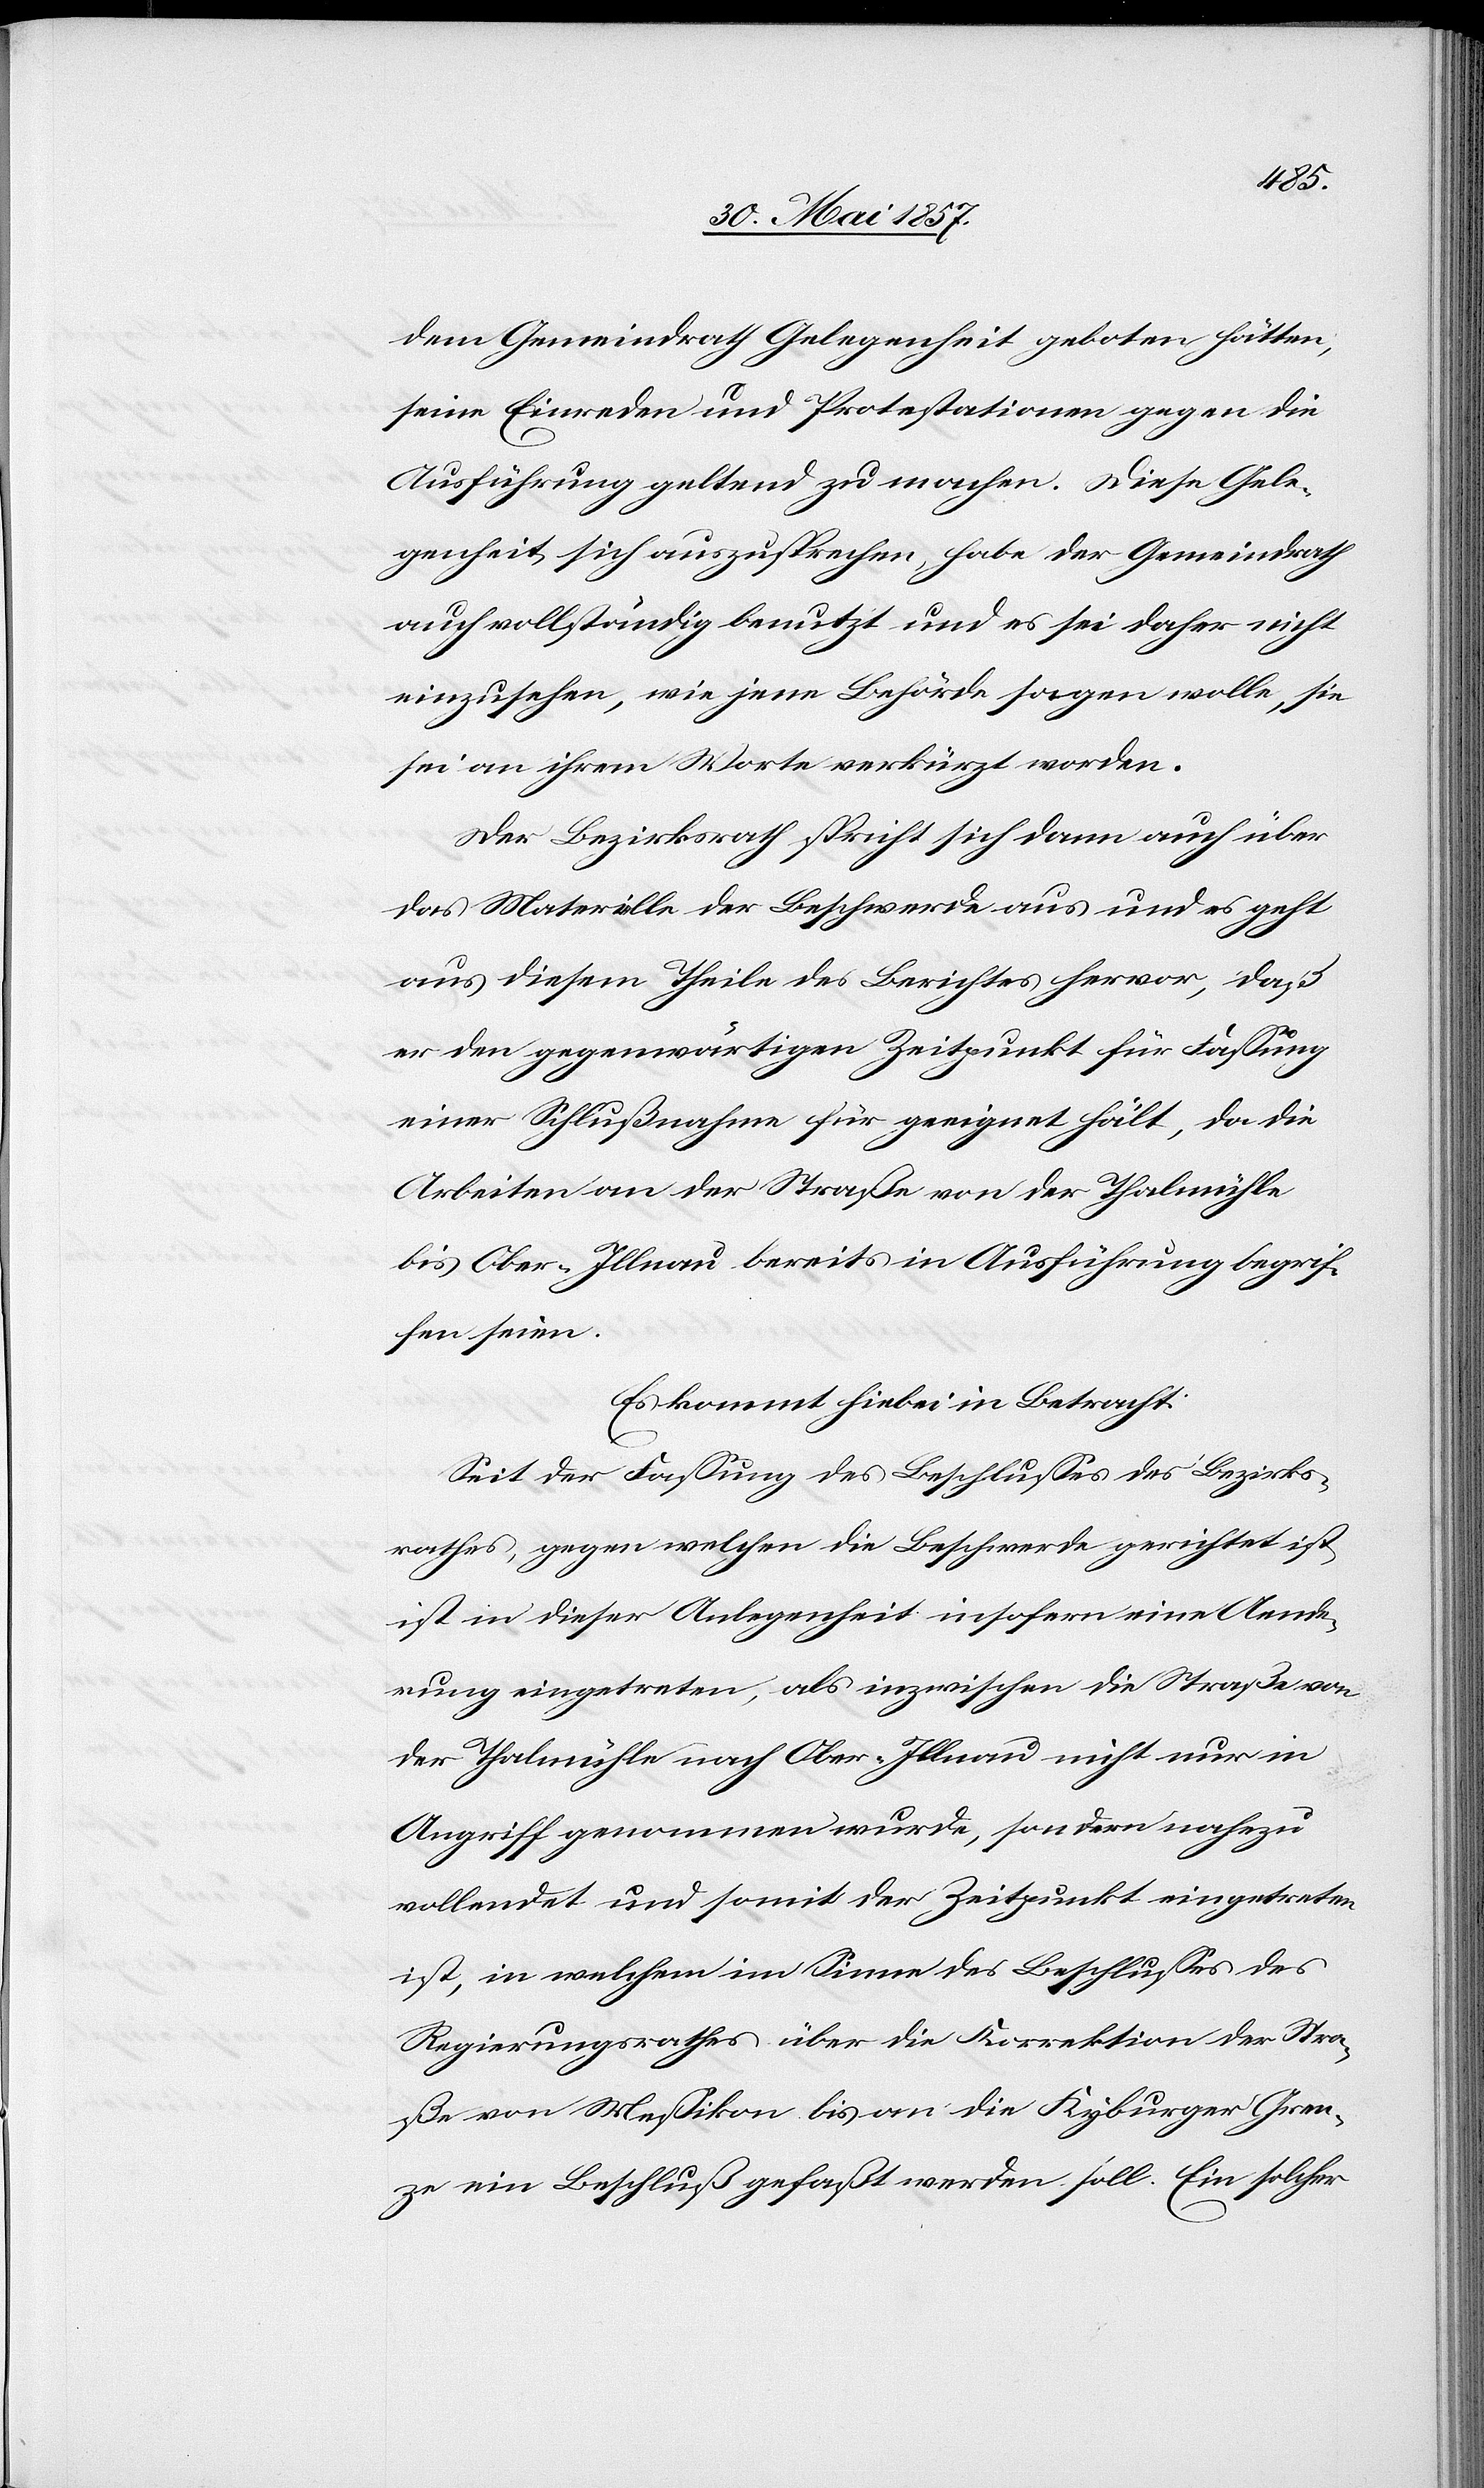
dem Gemeindrath Gelegenheit geboten hätten,
seine Einreden und Protestationen gegen die
Ausführung geltend zu machen. Diese Gele¬
genheit sich auszusprechen, habe der Gemeindrath
auch vollständig benutzt und es sei daher nicht
einzusehen, wie jene Behörde sagen wolle, sie
sei an ihrem Worte verkürzt worden.
Der Bezirksrath spricht sich dann auch über
das Materielle der Beschwerde aus und es geht
aus diesem Theile des Berichtes hervor, daß
er den gegenwärtigen Zeitpunkt für Fassung
einer Schlußnahme für geeignet hält, da die
Arbeiten der Straße von der Thalmühle
bis Ober-Illnau bereits in Ausführung begrif¬
fen seien.
Es kommt hiebei in Betracht:
Seit der Fassung des Beschlusses des Bezirks¬
rathes, gegen welchen die Beschwerde gerichtet is¬
t in dieser Angelegenheit insofern eine Aende¬
rung eingetreten, als inzwischen die Straße von
der Thalmühle nach Ober-Illnau nicht nur in
Angriff genommen wurde, sondern nahezu
vollendet und somit der Zeitpunkt eingetreten
ist, in welchem im Sinne des Beschlusses des
Regierungsrathes über die Korrektion der Stra¬
ße von Messikon bis an die Kyburger Gren¬
ze ein Beschluß gefaßt werden soll. Ein solcher